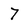
Character: 7